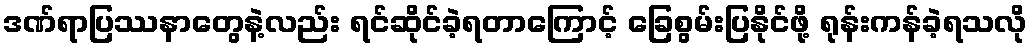
ဒဏ်ရာပြဿနာတွေနဲ့လည်း ရင်ဆိုင်ခဲ့ရတာကြောင့် ခြေစွမ်းပြနိုင်ဖို့ ရုန်းကန်ခဲ့ရသလို